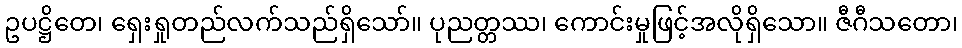
ဥပဋ္ဌိတေ၊ ရှေးရှုတည်လက်သည်ရှိသော်။ ပုညတ္တဿ၊ ကောင်းမှုဖြင့်အလိုရှိသော။ ဇီဂီသတော၊